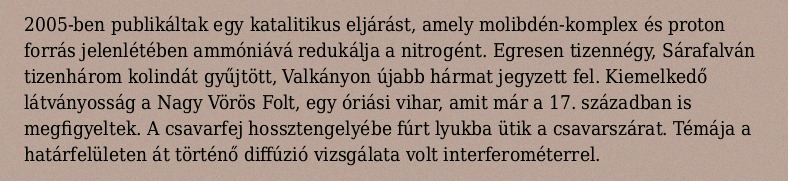
2005-ben publikáltak egy katalitikus eljárást, amely molibdén-komplex és proton forrás jelenlétében ammóniává redukálja a nitrogént. Egresen tizennégy, Sárafalván tizenhárom kolindát gyűjtött, Valkányon újabb hármat jegyzett fel. Kiemelkedő látványosság a Nagy Vörös Folt, egy óriási vihar, amit már a 17. században is megfigyeltek. A csavarfej hossztengelyébe fúrt lyukba ütik a csavarszárat. Témája a határfelületen át történő diffúzió vizsgálata volt interferométerrel.